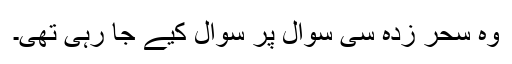
وہ سحر زدہ سی سوال پر سوال کیے جا رہی تھی۔